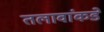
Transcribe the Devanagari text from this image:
तलावांकडे